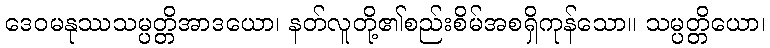
ဒေဝမနုဿသမ္ပတ္တိအာဒယော၊ နတ်လူတို့၏စည်းစိမ်အစရှိကုန်သော။ သမ္ပတ္တိယော၊